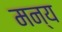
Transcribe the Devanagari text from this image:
मन्य